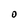
Character: O